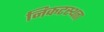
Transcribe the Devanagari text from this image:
निकटस्थता